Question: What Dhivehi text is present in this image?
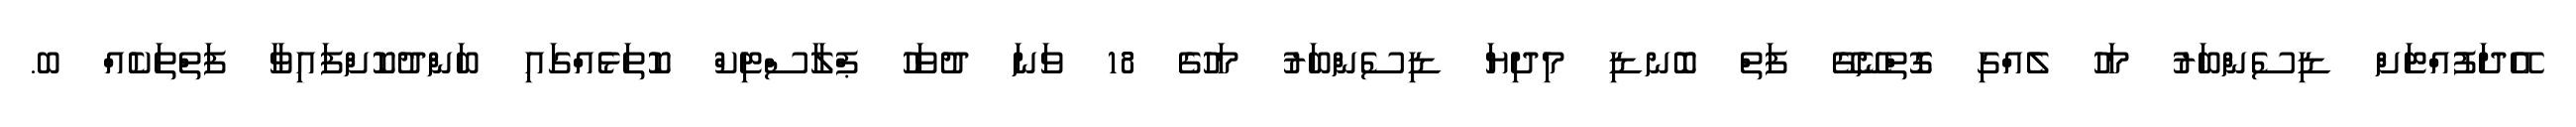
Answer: އޭދަފުއްޓަށް ޑިސެންބަރު މަހު ލެއްގި ގޮތްނޭގޭ ފަތް ބޮނޑި މިދިޔަ ޑިސެންބަރު މަހުގެ 18 ވަނަ ދުވަހު ޕްލާސްޓިކް ކޮތަޅެއްގައި ބަންދުކޮށްފައިވާ ފަތްތަކެއް ބ.